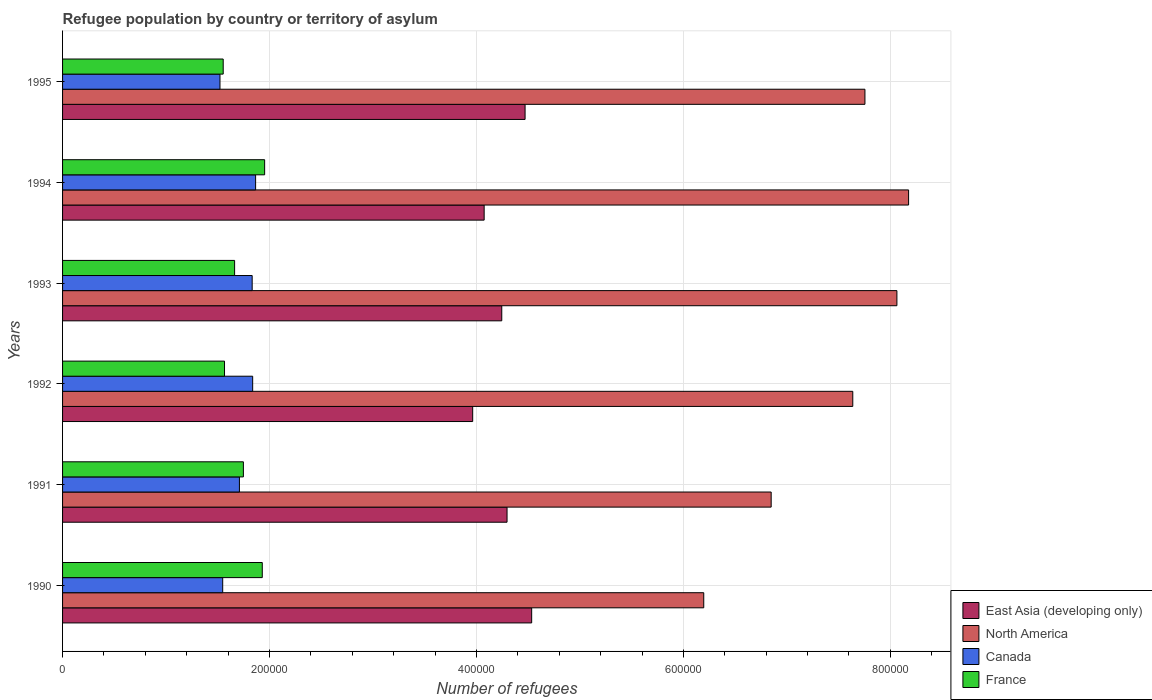
| Years | East Asia (developing only) | North America | Canada | France |
 | --- | --- | --- | --- | --- |
 | 1990 | 4.53e+05 | 6.2e+05 | 1.55e+05 | 1.93e+05 |
 | 1991 | 4.3e+05 | 6.85e+05 | 1.71e+05 | 1.75e+05 |
 | 1992 | 3.96e+05 | 7.64e+05 | 1.84e+05 | 1.57e+05 |
 | 1993 | 4.24e+05 | 8.06e+05 | 1.83e+05 | 1.66e+05 |
 | 1994 | 4.07e+05 | 8.18e+05 | 1.87e+05 | 1.95e+05 |
 | 1995 | 4.47e+05 | 7.75e+05 | 1.52e+05 | 1.55e+05 |